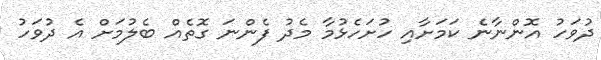
ދުވަހު އޮންނާނެ ކަމަށާއި ހުށަހެޅުމާ މެދު ފެންނަ ގޮތެއް ބެލުމަށް އެ ދުވަހު